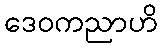
ဒေဝကညာဟိ